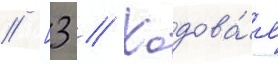
// [3 // Ходова́я